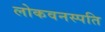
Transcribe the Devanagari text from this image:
लोकवनस्पति